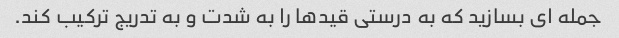
جمله ای بسازید که به درستی قیدها را به شدت و به تدریج ترکیب کند.